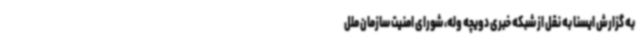
به گزارش ایسنا به نقل از شبکه خبری دویچه وله، شورای امنیت سازمان ملل